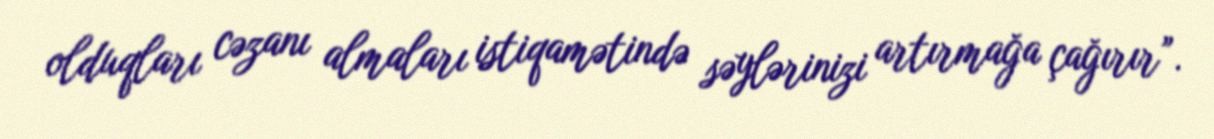
olduqları cəzanı almaları istiqamətində səylərinizi artırmağa çağırır”.